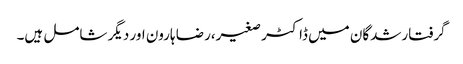
گرفتارشدگان میں ڈاکٹر صغیر،رضا ہارون اور دیگر شامل ہیں۔